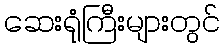
ဆေးရုံကြီးများတွင်